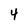
Character: 4